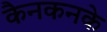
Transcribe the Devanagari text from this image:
कैनकनके